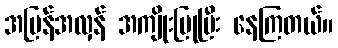
အပြန်အလှန် အကျိုးပြုပြီး နေကြတယ်။